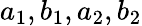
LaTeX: a_{1},b_{1},a_{2},b_{2}